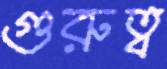
গুরুত্ব